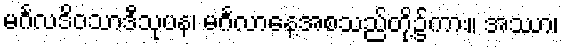
မင်္ဂလဒိဝသာဒီသုပန၊ မင်္ဂလာနေ့အစသည်တို့၌ကား။ အဿာ၊